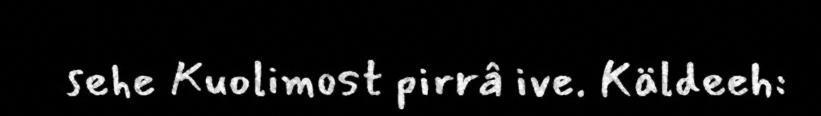
sehe Kuolimost pirrâ ive. Käldeeh: